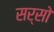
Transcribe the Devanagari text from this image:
सर्सो